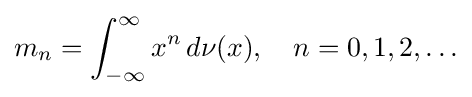
m_{n}=\int _{-\infty }^{\infty }x^{n}\,d\nu (x),\quad n=0,1,2,\ldots